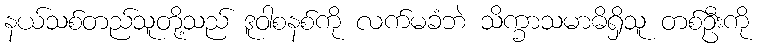
နယ်သစ်တည်သူတို့သည် ဒူဝါစနစ်ကို လက်မခံဘဲ သိက္ခာသမာဓိရှိသူ တစ်ဦးကို